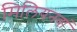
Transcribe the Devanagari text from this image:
मिलियनवां